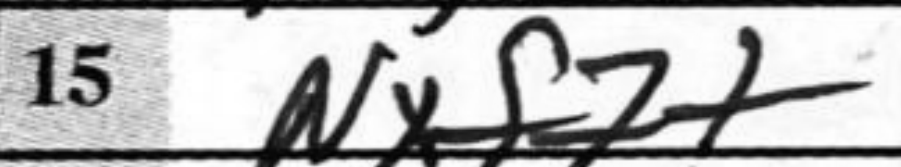
Transcription: Nxf7+